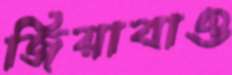
জিয়াবাও